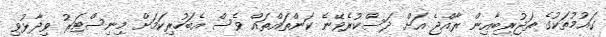
ގައުމުތަކުގެ ތަޖުރިބާއިން ރާއްޖެ އަށް ދަސްކުރެވޭނެ ކަންތައްތައް ވެސް އެބަހުރިކަމަށް މިނިސްޓަރު ވިދާޅުވި